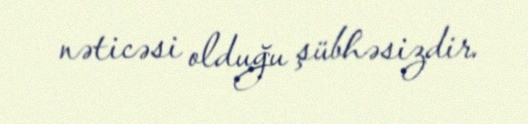
nəticəsi olduğu şübhəsizdir.